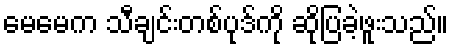
မေမေက သီချင်းတစ်ပုဒ်ကို ဆိုပြခဲ့ဖူးသည်။